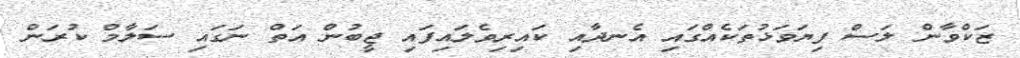
ޒަކްވާން ލަސް ފިޔަވަޅުތަކެއްގައި އެނދާއި ކައިރިވެލައިފައި ޖީބުން އަތް ނަގައި ސަލާމް ކުރަން